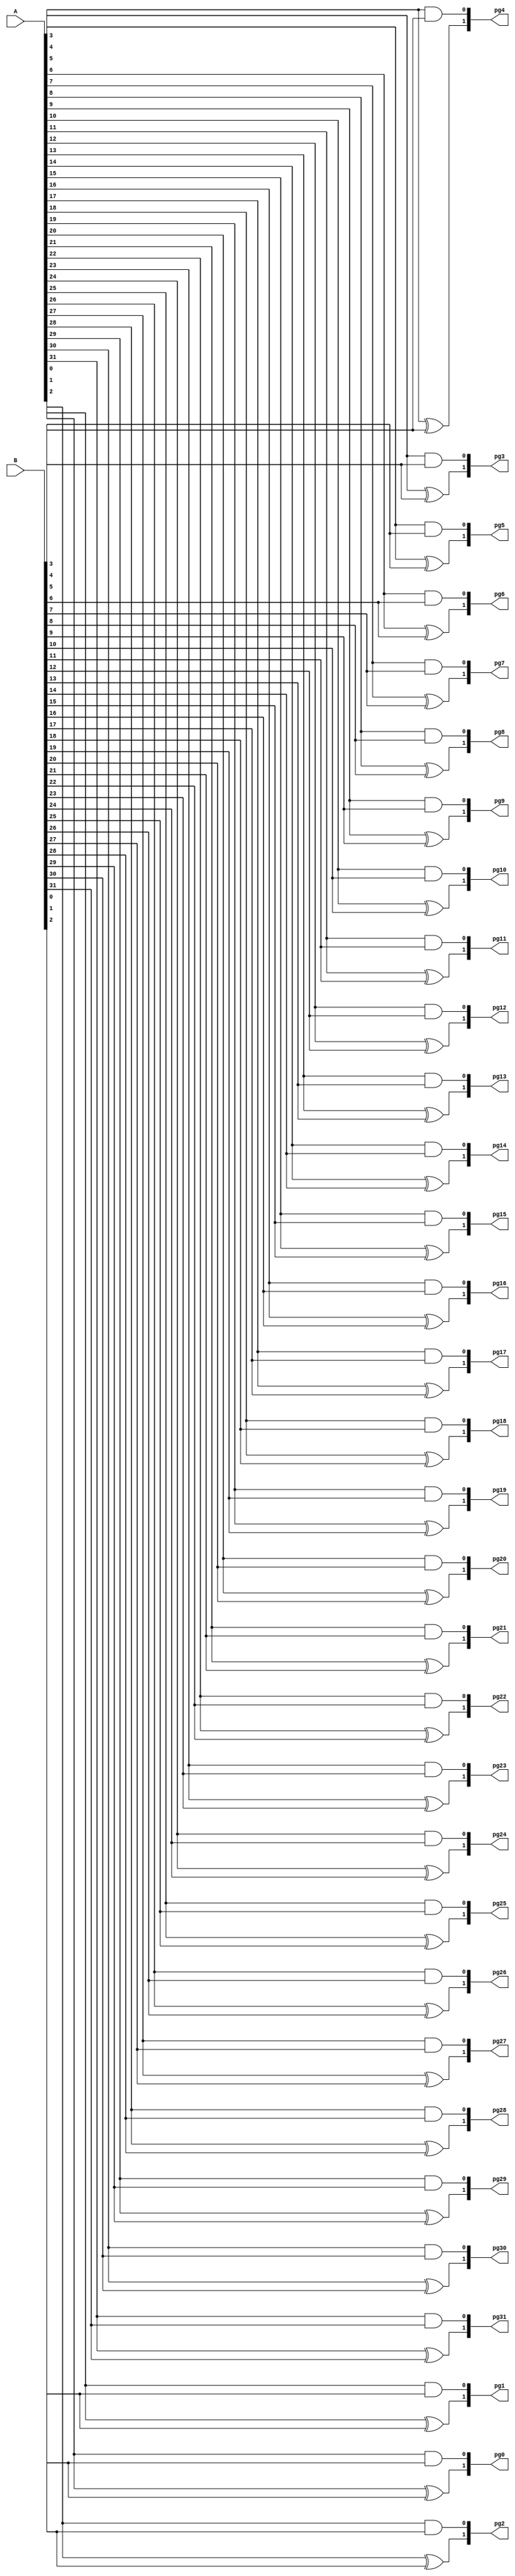
module pg_32(A, B, pg31, pg30, pg29, pg28, pg27, pg26, pg25, pg24, pg23, pg22, pg21, pg20, pg19, pg18, pg17, pg16, pg15, pg14, pg13, pg12, pg11, pg10, pg9, pg8, pg7, pg6, pg5, pg4, pg3, pg2, pg1, pg0);
    input [31:0] A, B;
    output [1:0] pg31, pg30, pg29, pg28, pg27, pg26, pg25, pg24, pg23, pg22, pg21, pg20, pg19, pg18, pg17, pg16, pg15, pg14, pg13, pg12, pg11, pg10, pg9, pg8, pg7, pg6, pg5, pg4, pg3, pg2, pg1, pg0;

integer i;
wire [31:0]andout,xorout;
assign andout[0]=A[0]&B[0];
assign andout[1]=A[1]&B[1];
assign andout[2]=A[2]&B[2];
assign andout[3]=A[3]&B[3];
assign andout[4]=A[4]&B[4];
assign andout[5]=A[5]&B[5];
assign andout[6]=A[6]&B[6];
assign andout[7]=A[7]&B[7];
assign andout[8]=A[8]&B[8];
assign andout[9]=A[9]&B[9];
assign andout[10]=A[10]&B[10];
assign andout[11]=A[11]&B[11];
assign andout[12]=A[12]&B[12];
assign andout[13]=A[13]&B[13];
assign andout[14]=A[14]&B[14];
assign andout[15]=A[15]&B[15];
assign andout[16]=A[16]&B[16];
assign andout[17]=A[17]&B[17];
assign andout[18]=A[18]&B[18];
assign andout[19]=A[19]&B[19];
assign andout[20]=A[20]&B[20];
assign andout[21]=A[21]&B[21];
assign andout[22]=A[22]&B[22];
assign andout[23]=A[23]&B[23];
assign andout[24]=A[24]&B[24];
assign andout[25]=A[25]&B[25];
assign andout[26]=A[26]&B[26];
assign andout[27]=A[27]&B[27];
assign andout[28]=A[28]&B[28];
assign andout[29]=A[29]&B[29];
assign andout[30]=A[30]&B[30];
assign andout[31]=A[31]&B[31];

assign xorout[0]=A[0]^B[0];
assign xorout[1]=A[1]^B[1];
assign xorout[2]=A[2]^B[2];
assign xorout[3]=A[3]^B[3];
assign xorout[4]=A[4]^B[4];
assign xorout[5]=A[5]^B[5];
assign xorout[6]=A[6]^B[6];
assign xorout[7]=A[7]^B[7];
assign xorout[8]=A[8]^B[8];
assign xorout[9]=A[9]^B[9];
assign xorout[10]=A[10]^B[10];
assign xorout[11]=A[11]^B[11];
assign xorout[12]=A[12]^B[12];
assign xorout[13]=A[13]^B[13];
assign xorout[14]=A[14]^B[14];
assign xorout[15]=A[15]^B[15];
assign xorout[16]=A[16]^B[16];
assign xorout[17]=A[17]^B[17];
assign xorout[18]=A[18]^B[18];
assign xorout[19]=A[19]^B[19];
assign xorout[20]=A[20]^B[20];
assign xorout[21]=A[21]^B[21];
assign xorout[22]=A[22]^B[22];
assign xorout[23]=A[23]^B[23];
assign xorout[24]=A[24]^B[24];
assign xorout[25]=A[25]^B[25];
assign xorout[26]=A[26]^B[26];
assign xorout[27]=A[27]^B[27];
assign xorout[28]=A[28]^B[28];
assign xorout[29]=A[29]^B[29];
assign xorout[30]=A[30]^B[30];
assign xorout[31]=A[31]^B[31];
assign pg0 = {xorout[0], andout[0]};
assign pg1 = {xorout[1], andout[1]};
assign pg2 = {xorout[2], andout[2]};
assign pg3 = {xorout[3], andout[3]};
assign pg4 = {xorout[4], andout[4]};
assign pg5 = {xorout[5], andout[5]};
assign pg6 = {xorout[6], andout[6]};
assign pg7 = {xorout[7], andout[7]};
assign pg8 = {xorout[8], andout[8]};
assign pg9 = {xorout[9], andout[9]};
assign pg10 = {xorout[10], andout[10]};
assign pg11 = {xorout[11], andout[11]};
assign pg12 = {xorout[12], andout[12]};
assign pg13 = {xorout[13], andout[13]};
assign pg14 = {xorout[14], andout[14]};
assign pg15 = {xorout[15], andout[15]};
assign pg16 = {xorout[16], andout[16]};
assign pg17 = {xorout[17], andout[17]};
assign pg18 = {xorout[18], andout[18]};
assign pg19 = {xorout[19], andout[19]};
assign pg20 = {xorout[20], andout[20]};
assign pg21 = {xorout[21], andout[21]};
assign pg22 = {xorout[22], andout[22]};
assign pg23 = {xorout[23], andout[23]};
assign pg24 = {xorout[24], andout[24]};
assign pg25 = {xorout[25], andout[25]};
assign pg26 = {xorout[26], andout[26]};
assign pg27 = {xorout[27], andout[27]};
assign pg28 = {xorout[28], andout[28]};
assign pg29 = {xorout[29], andout[29]};
assign pg30 = {xorout[30], andout[30]};
assign pg31 = {xorout[31], andout[31]};

endmodule